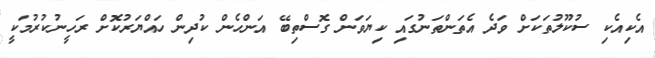
އެކިއެކި ސުކޫލުތަކަށް ވަދެ އެތަންތަނުގައި ކިޔަވަން ގޮސްތިބޭ އަންހެން ކުދިން ހައްޔަރުކޮށް ރަހީނުކުރުމަކީ